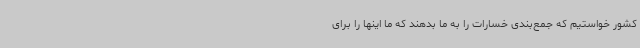
کشور خواستیم که جمع‌بندی خسارات را به ما بدهند که ما اینها را برای